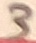
Text: 3